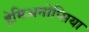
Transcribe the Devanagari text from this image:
हेमिअनोप्सिया